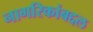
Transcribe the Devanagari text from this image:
नागरिकांबद्दल